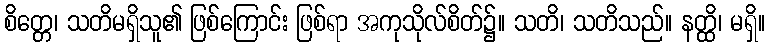
စိတ္တေ၊ သတိမရှိသူ၏ ဖြစ်ကြောင်း ဖြစ်ရာ အကုသိုလ်စိတ်၌။ သတိ၊ သတိသည်။ နတ္ထိ၊ မရှိ။